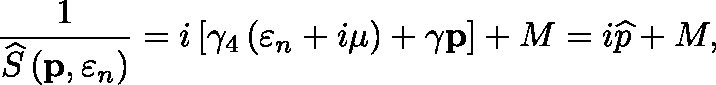
\frac { 1 } { \widehat { S } \left( \mathbf { p } , \varepsilon _ { n } \right) } = i \left[ \gamma _ { 4 } \left( \varepsilon _ { n } + i \mu \right) + \mathbf { \gamma p } \right] + M = i \widehat { p } + M ,